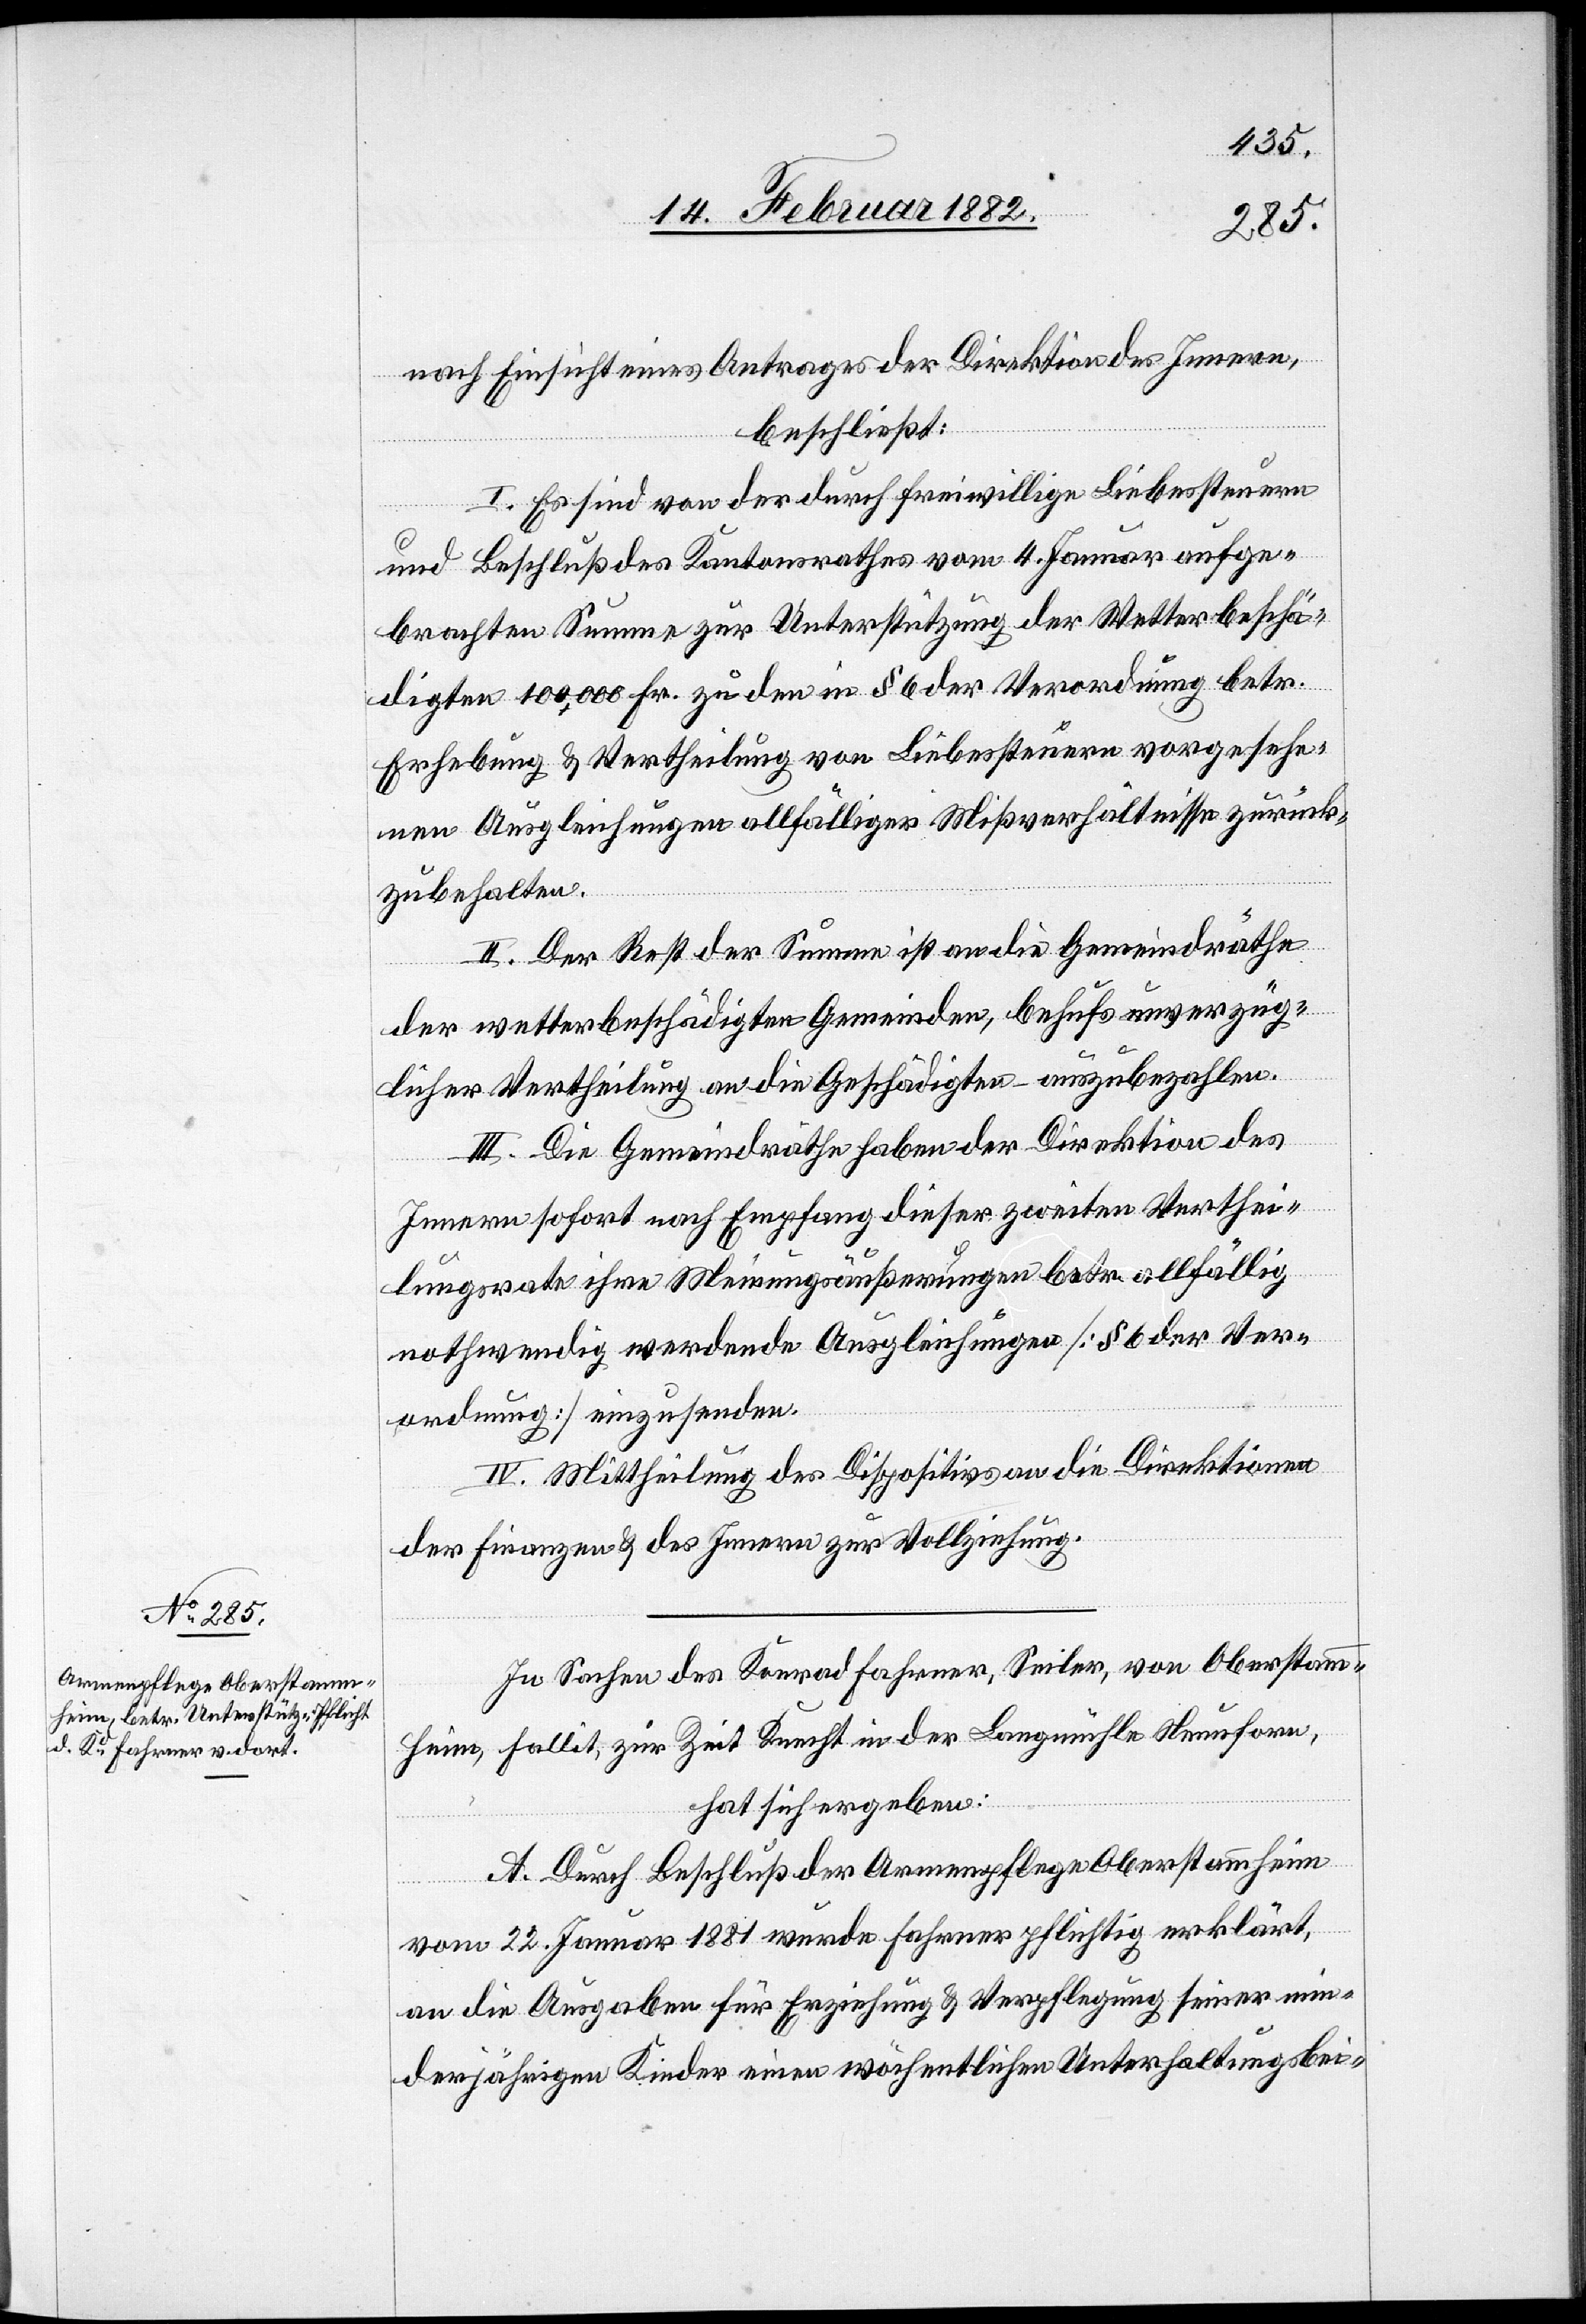
nach Einsicht eines Antrages der Direktion des Innern,
beschließt:
I. Es sind von der durch freiwillige Liebessteuern
und Beschluß des Kantonsrathes vom 4. Januar aufge¬
brachten Summe zur Unterstützung der Wetterbeschä¬
digten 100,000 Fr. zu den in § 6 der Verordnung betr.
Erhebung & Vertheilung von Liebessteuern vorgesehe¬
nen Ausgleichungen allfälliger Mißverhältnisse zurück¬
zuhalten.
II. Der Rest der Summe ist an die Gemeindräthe
der wetterbeschädigten Gemeinden, behufs unverzüg¬
licher Vertheilung an die Geschädigten auszubezahlen.
II. Die Gemeindräthe haben der Direktion des
Innern sofort nach Empfang dieser zweiten Verthei¬
lungsrate ihre Meinungsäußerungen betr. allfällig
nothwendig werdenden Ausgleichungen [§ 6 der Ver¬
ordnung] einzusenden.
IV. Mittheilung des Dispositivs an die Direktionen
der Finanzen & des Innern zur Vollziehung.